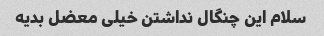
سلام این چنگال نداشتن خیلی معضل بدیه